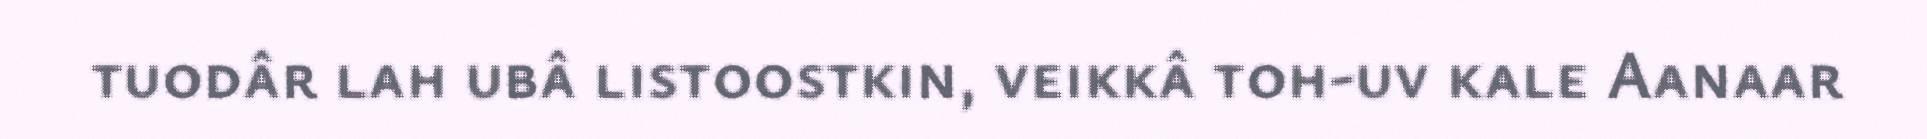
tuodâr lah ubâ listoostkin, veikkâ toh-uv kale Aanaar